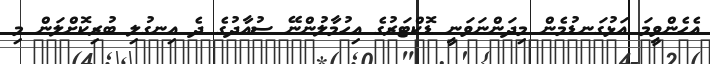
އެހެންވީމަ އަޅުގަނޑުމެން މިދަންނަވަނީ ޑޮކްޓަރުގެ އިހުމާލުންނޭ ސުއާދުގެ ދެ އިނގުލި ބުރިކޮށްލަން މި